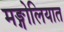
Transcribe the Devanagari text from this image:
मङ्गोलियात